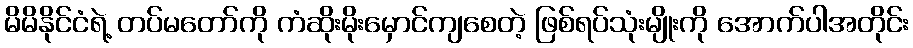
မိမိနိုင်ငံရဲ့ တပ်မတော်ကို ကံဆိုးမိုးမှောင်ကျစေတဲ့ ဖြစ်ရပ်သုံးမျိုးကို အောက်ပါအတိုင်း